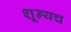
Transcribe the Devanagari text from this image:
शून्यच